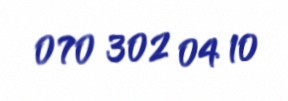
070 302 04 10